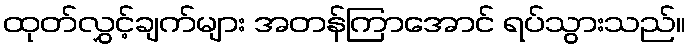
ထုတ်လွှင့်ချက်များ အတန်ကြာအောင် ရပ်သွားသည်။